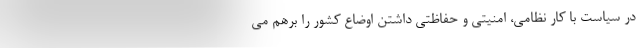
در سیاست با کار نظامی، امنیتی و حفاظتی داشتن اوضاع کشور را برهم می